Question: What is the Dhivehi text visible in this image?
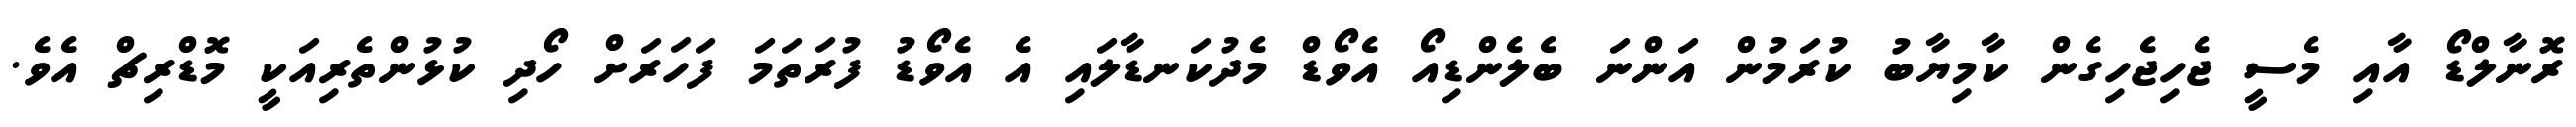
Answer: ރޮނާލްޑޯ އާއި މެސީ ޖެހިޖެހިގެން ކާމިޔާބު ކުރަމުން އަންނަ ބެލެންޑިއޯ އެވޯޑް މެދުކަނޑާލައި އެ އެވޯޑު ފުރަތަމަ ފަހަރަށް ހޯދި ކުޅުންތެރިއަކީ މޮޑްރިޗް އެވެ.